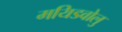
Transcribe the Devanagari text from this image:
मयिडवोलु